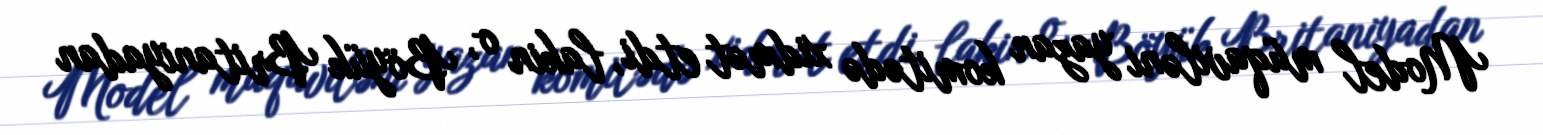
Model müqaviləni yazan komitədə xidmət etdi, lakin o, Böyük Britaniyadan